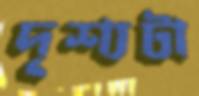
দৃশ্যটা